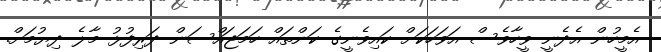
އެމީހުން އެދެނީ ވީހާވެސް އަވަހަކަށް ކައިވެނީގެ ކަންތައް ހަމަޖައްސަން ދަރިފުޅު މާލެ ދިޔުމަށް.